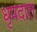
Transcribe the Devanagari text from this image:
धृपदात